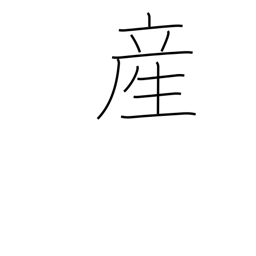
Meaning: childbirth